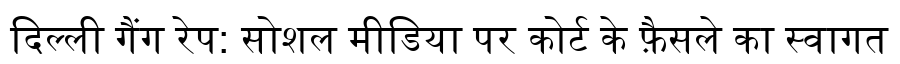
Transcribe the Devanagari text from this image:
दिल्ली गैंग रेप: सोशल मीडिया पर कोर्ट के फ़ैसले का स्वागत